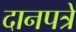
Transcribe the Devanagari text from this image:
दानपत्रे